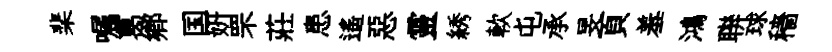
棐嘱葛鄕国妍罘莊患遥惡靈綉軟屯承旻頁羞鴻聨球穡